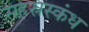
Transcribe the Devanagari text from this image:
सहस्रस्कंध